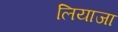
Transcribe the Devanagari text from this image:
लियाजा